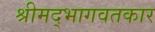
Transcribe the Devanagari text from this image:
श्रीमद्‌भागवतकार